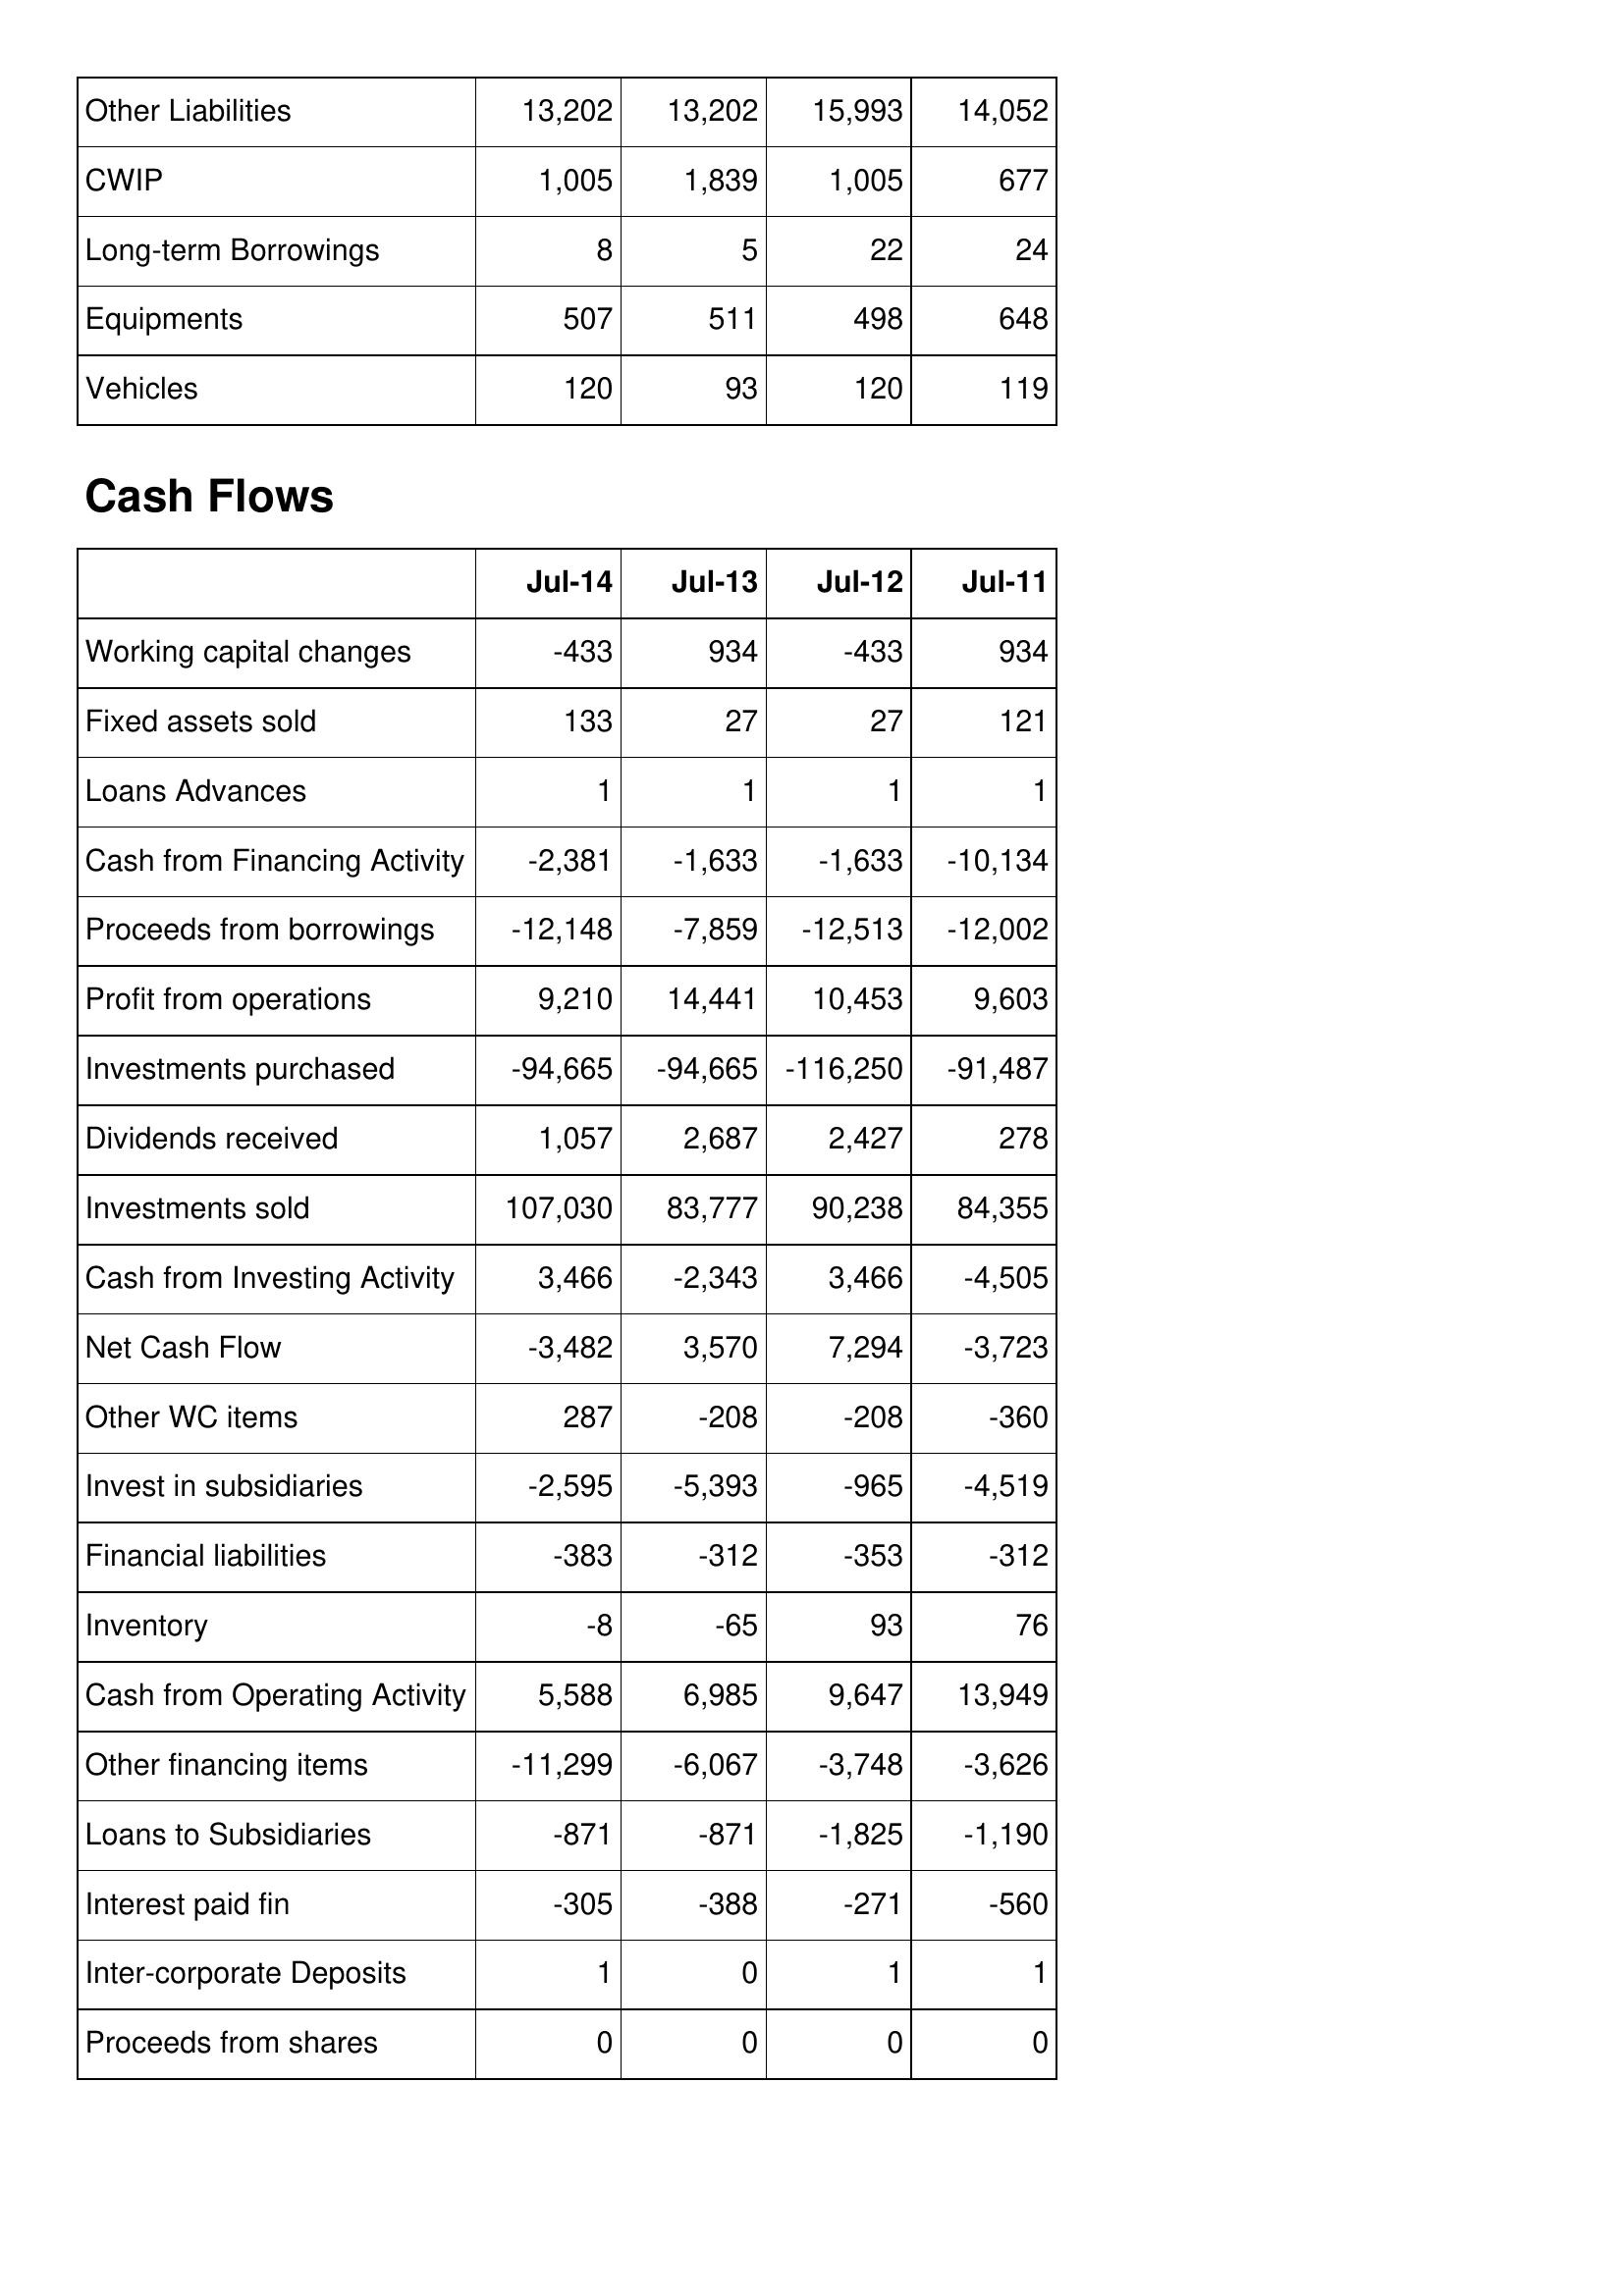
Jul-14: Balance Sheet: Other Liabilities: 13,202
CWIP: 1,005
Long-term Borrowings: 8
Equipments: 507
Vehicles: 120
Cash Flows: Working capital changes: -433
Fixed assets sold: 133
Loans Advances: 1
Cash from Financing Activity: -2,381
Proceeds from borrowings: -12,148
Profit from operations: 9,210
Investments purchased: -94,665
Dividends received: 1,057
Investments sold: 107,030
Cash from Investing Activity: 3,466
Net Cash Flow: -3,482
Other WC items: 287
Invest in subsidiaries: -2,595
Financial liabilities: -383
Inventory: -8
Cash from Operating Activity: 5,588
Other financing items: -11,299
Loans to Subsidiaries: -871
Interest paid fin: -305
Inter-corporate Deposits: 1
Proceeds from shares: 0
Jul-13: Balance Sheet: Other Liabilities: 13,202
CWIP: 1,839
Long-term Borrowings: 5
Equipments: 511
Vehicles: 93
Cash Flows: Working capital changes: 934
Fixed assets sold: 27
Loans Advances: 1
Cash from Financing Activity: -1,633
Proceeds from borrowings: -7,859
Profit from operations: 14,441
Investments purchased: -94,665
Dividends received: 2,687
Investments sold: 83,777
Cash from Investing Activity: -2,343
Net Cash Flow: 3,570
Other WC items: -208
Invest in subsidiaries: -5,393
Financial liabilities: -312
Inventory: -65
Cash from Operating Activity: 6,985
Other financing items: -6,067
Loans to Subsidiaries: -871
Interest paid fin: -388
Inter-corporate Deposits: 0
Proceeds from shares: 0
Jul-12: Balance Sheet: Other Liabilities: 15,993
CWIP: 1,005
Long-term Borrowings: 22
Equipments: 498
Vehicles: 120
Cash Flows: Working capital changes: -433
Fixed assets sold: 27
Loans Advances: 1
Cash from Financing Activity: -1,633
Proceeds from borrowings: -12,513
Profit from operations: 10,453
Investments purchased: -116,250
Dividends received: 2,427
Investments sold: 90,238
Cash from Investing Activity: 3,466
Net Cash Flow: 7,294
Other WC items: -208
Invest in subsidiaries: -965
Financial liabilities: -353
Inventory: 93
Cash from Operating Activity: 9,647
Other financing items: -3,748
Loans to Subsidiaries: -1,825
Interest paid fin: -271
Inter-corporate Deposits: 1
Proceeds from shares: 0
Jul-11: Balance Sheet: Other Liabilities: 14,052
CWIP: 677
Long-term Borrowings: 24
Equipments: 648
Vehicles: 119
Cash Flows: Working capital changes: 934
Fixed assets sold: 121
Loans Advances: 1
Cash from Financing Activity: -10,134
Proceeds from borrowings: -12,002
Profit from operations: 9,603
Investments purchased: -91,487
Dividends received: 278
Investments sold: 84,355
Cash from Investing Activity: -4,505
Net Cash Flow: -3,723
Other WC items: -360
Invest in subsidiaries: -4,519
Financial liabilities: -312
Inventory: 76
Cash from Operating Activity: 13,949
Other financing items: -3,626
Loans to Subsidiaries: -1,190
Interest paid fin: -560
Inter-corporate Deposits: 1
Proceeds from shares: 0